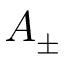
A _ { \pm }